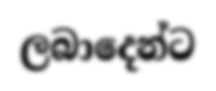
ලබාදෙන්ට